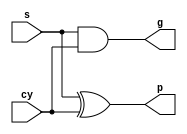
`timescale 1ns / 1ps
//////////////////////////////////////////////////////////////////////////////////
// Company: 
// Engineer: 
// 
// Design Name: 
// Module Name:    base_logic 
// Project Name: 
// Target Devices: 
// Tool versions: 
// Description: 
//
// Dependencies: 
//
// Revision: 
// Revision 0.01 - File Created
// Additional Comments: 
//
//////////////////////////////////////////////////////////////////////////////////
module base_logic(s,cy,p,g
    );
	 
	 input s,cy;
	 
	 output p,g;
	 
	 assign p=s^cy;
	 
	 assign g=s&cy;


endmodule